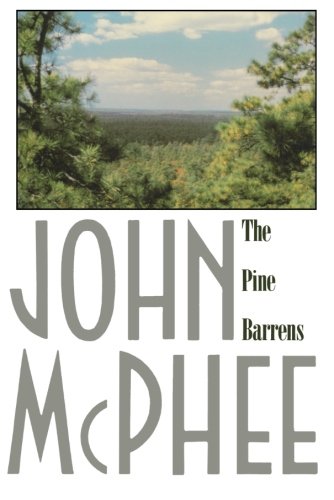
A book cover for The Pine Barrens; John McPhee; Science & Math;